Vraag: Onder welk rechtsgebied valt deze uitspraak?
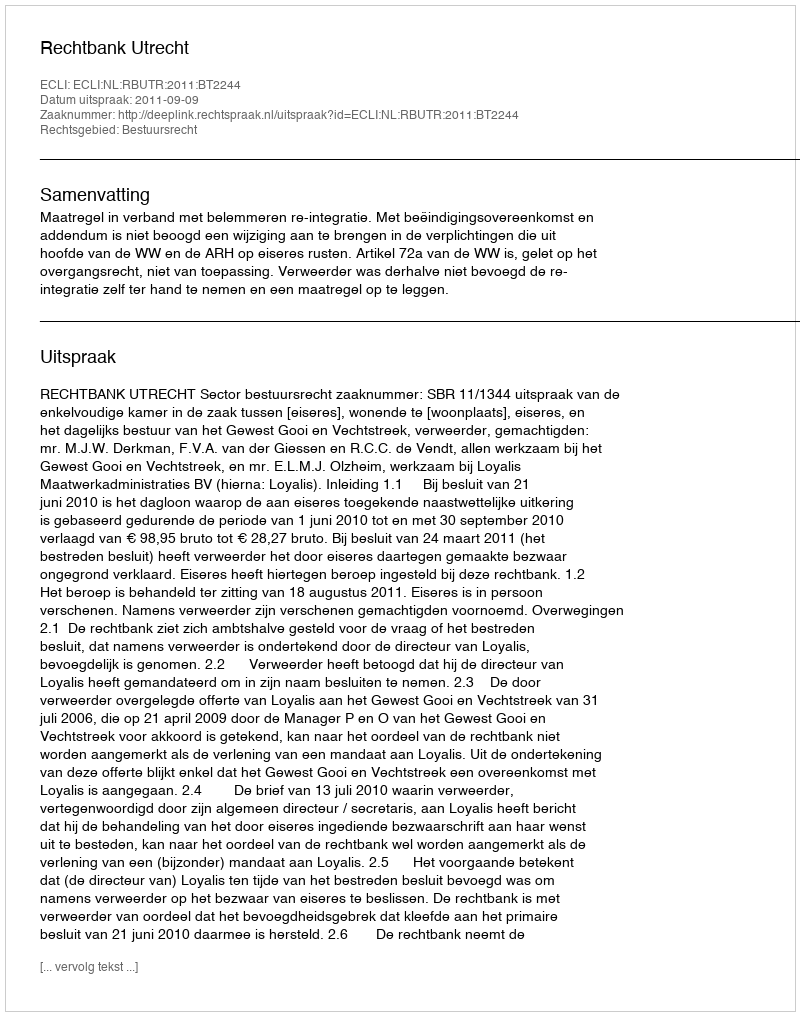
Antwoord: Bestuursrecht